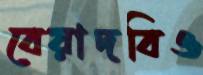
বেয়াদবিও